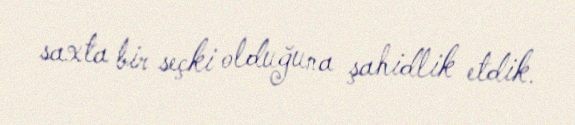
saxta bir seçki olduğuna şahidlik etdik.